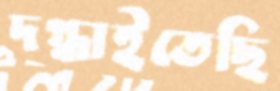
দগ্ধাইতেছি